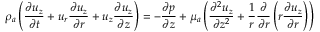
{ \rho } _ { a } \left( \frac { { \partial } { u } _ { z } } { { \partial } t } + { u } _ { r } \frac { { \partial } { u } _ { z } } { { \partial } r } + { u } _ { z } \frac { { \partial } { u } _ { z } } { { \partial } z } \right) = - \frac { { \partial } { p } } { { \partial } z } + { \mu } _ { a } \left( \frac { { \partial } ^ { 2 } { u } _ { z } } { { \partial } { z } ^ { 2 } } + \frac { 1 } { r } \frac { { \partial } } { { \partial } r } \left( r \frac { { \partial } { u } _ { z } } { { \partial } r } \right) \right)